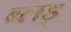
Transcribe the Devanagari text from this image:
ब्लड्